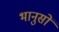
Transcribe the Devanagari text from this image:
भानुसों